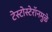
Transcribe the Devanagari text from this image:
टेस्टोस्टेरॉनमुळे